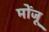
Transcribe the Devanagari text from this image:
मोंजू